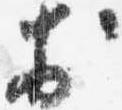
於